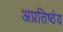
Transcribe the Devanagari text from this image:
अप्रतिष्ठेय